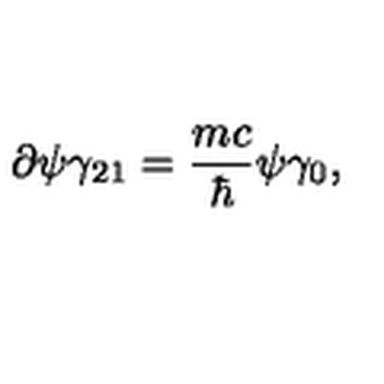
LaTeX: \partial \psi \gamma _ { 2 1 } = \frac { m c } { \hbar } \psi \gamma _ { 0 } ,